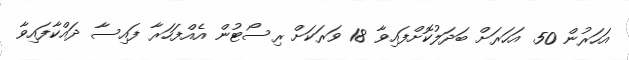
އަހަރުން 50 އަހަރަށް ބަދަލުކޮށްފައިވާ 18 ވަރަކަށް ރިސޯޓުން އެއްފަހަރާ ފައިސާ ދައްކާފައިވާ